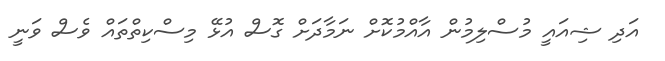
އަދި ޝިއައީ މުސްލިމުން އާއްމުކޮށް ނަމާދަށް ގޮސް އުޅޭ މިސްކިތްތައް ވެސް ވަނީ